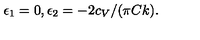
\epsilon _ { 1 } = 0 , \epsilon _ { 2 } = - 2 c _ { V } / ( \pi C k ) .